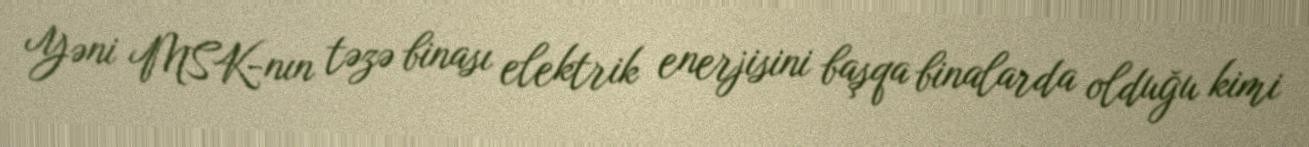
Yəni MSK-nın təzə binası elektrik enerjisini başqa binalarda olduğu kimi